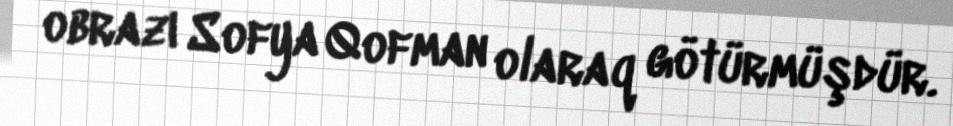
obrazı Sofya Qofman olaraq götürmüşdür.